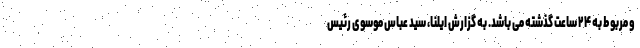
و مربوط به ۲۴ ساعت گذشته می باشد. به گزارش ایلنا، سید عباس موسوی رئیس